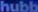
hubb